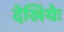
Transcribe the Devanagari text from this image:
देखियेः